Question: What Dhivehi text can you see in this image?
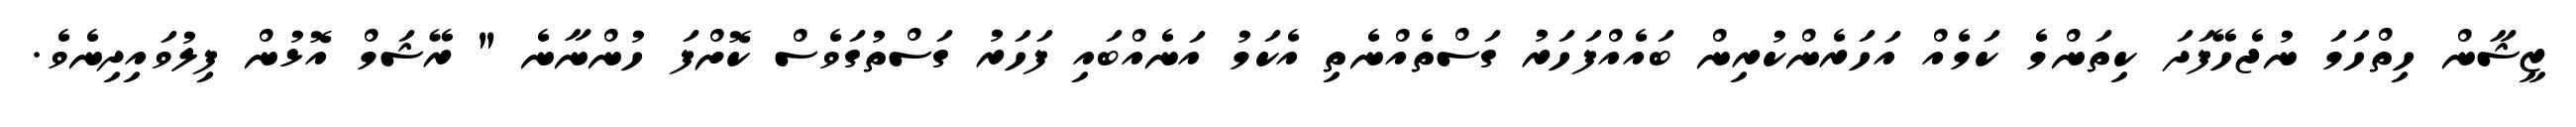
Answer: ޒީޝާން ހިތްހަމަ ނުޖެހޭފަދަ ކިތަންމެ ކަމެއް އަހަރެންކުރިން ބައެއްފަހަރު ގަސްތެއްނެތި އެކަމު އަނެއްބައި ފަހަރު ގަސްތުގަވެސް ކޮށްފަ ހުންނާނެ " ރޭޝަމް އޮޅުން ފިލުވައިދިނެވެ.